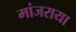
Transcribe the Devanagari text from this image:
मांजराया